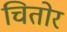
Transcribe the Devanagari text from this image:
चितोर